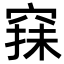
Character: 𥦤